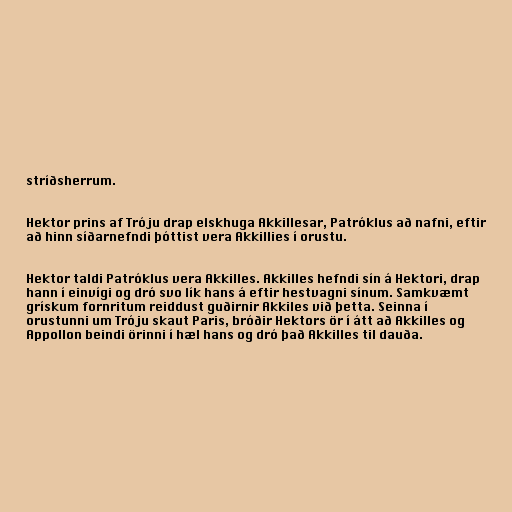
stríðsherrum.

Hektor prins af Tróju drap elskhuga Akkillesar, Patróklus að nafni, eftir
að hinn síðarnefndi þóttist vera Akkillies í orustu.

Hektor taldi Patróklus vera Akkilles. Akkilles hefndi sín á Hektori, drap
hann í einvígi og dró svo lík hans á eftir hestvagni sínum. Samkvæmt
grískum fornritum reiddust guðirnir Akkiles við þetta. Seinna í
orustunni um Tróju skaut Paris, bróðir Hektors ör í átt að Akkilles og
Appollon beindi örinni í hæl hans og dró það Akkilles til dauða.